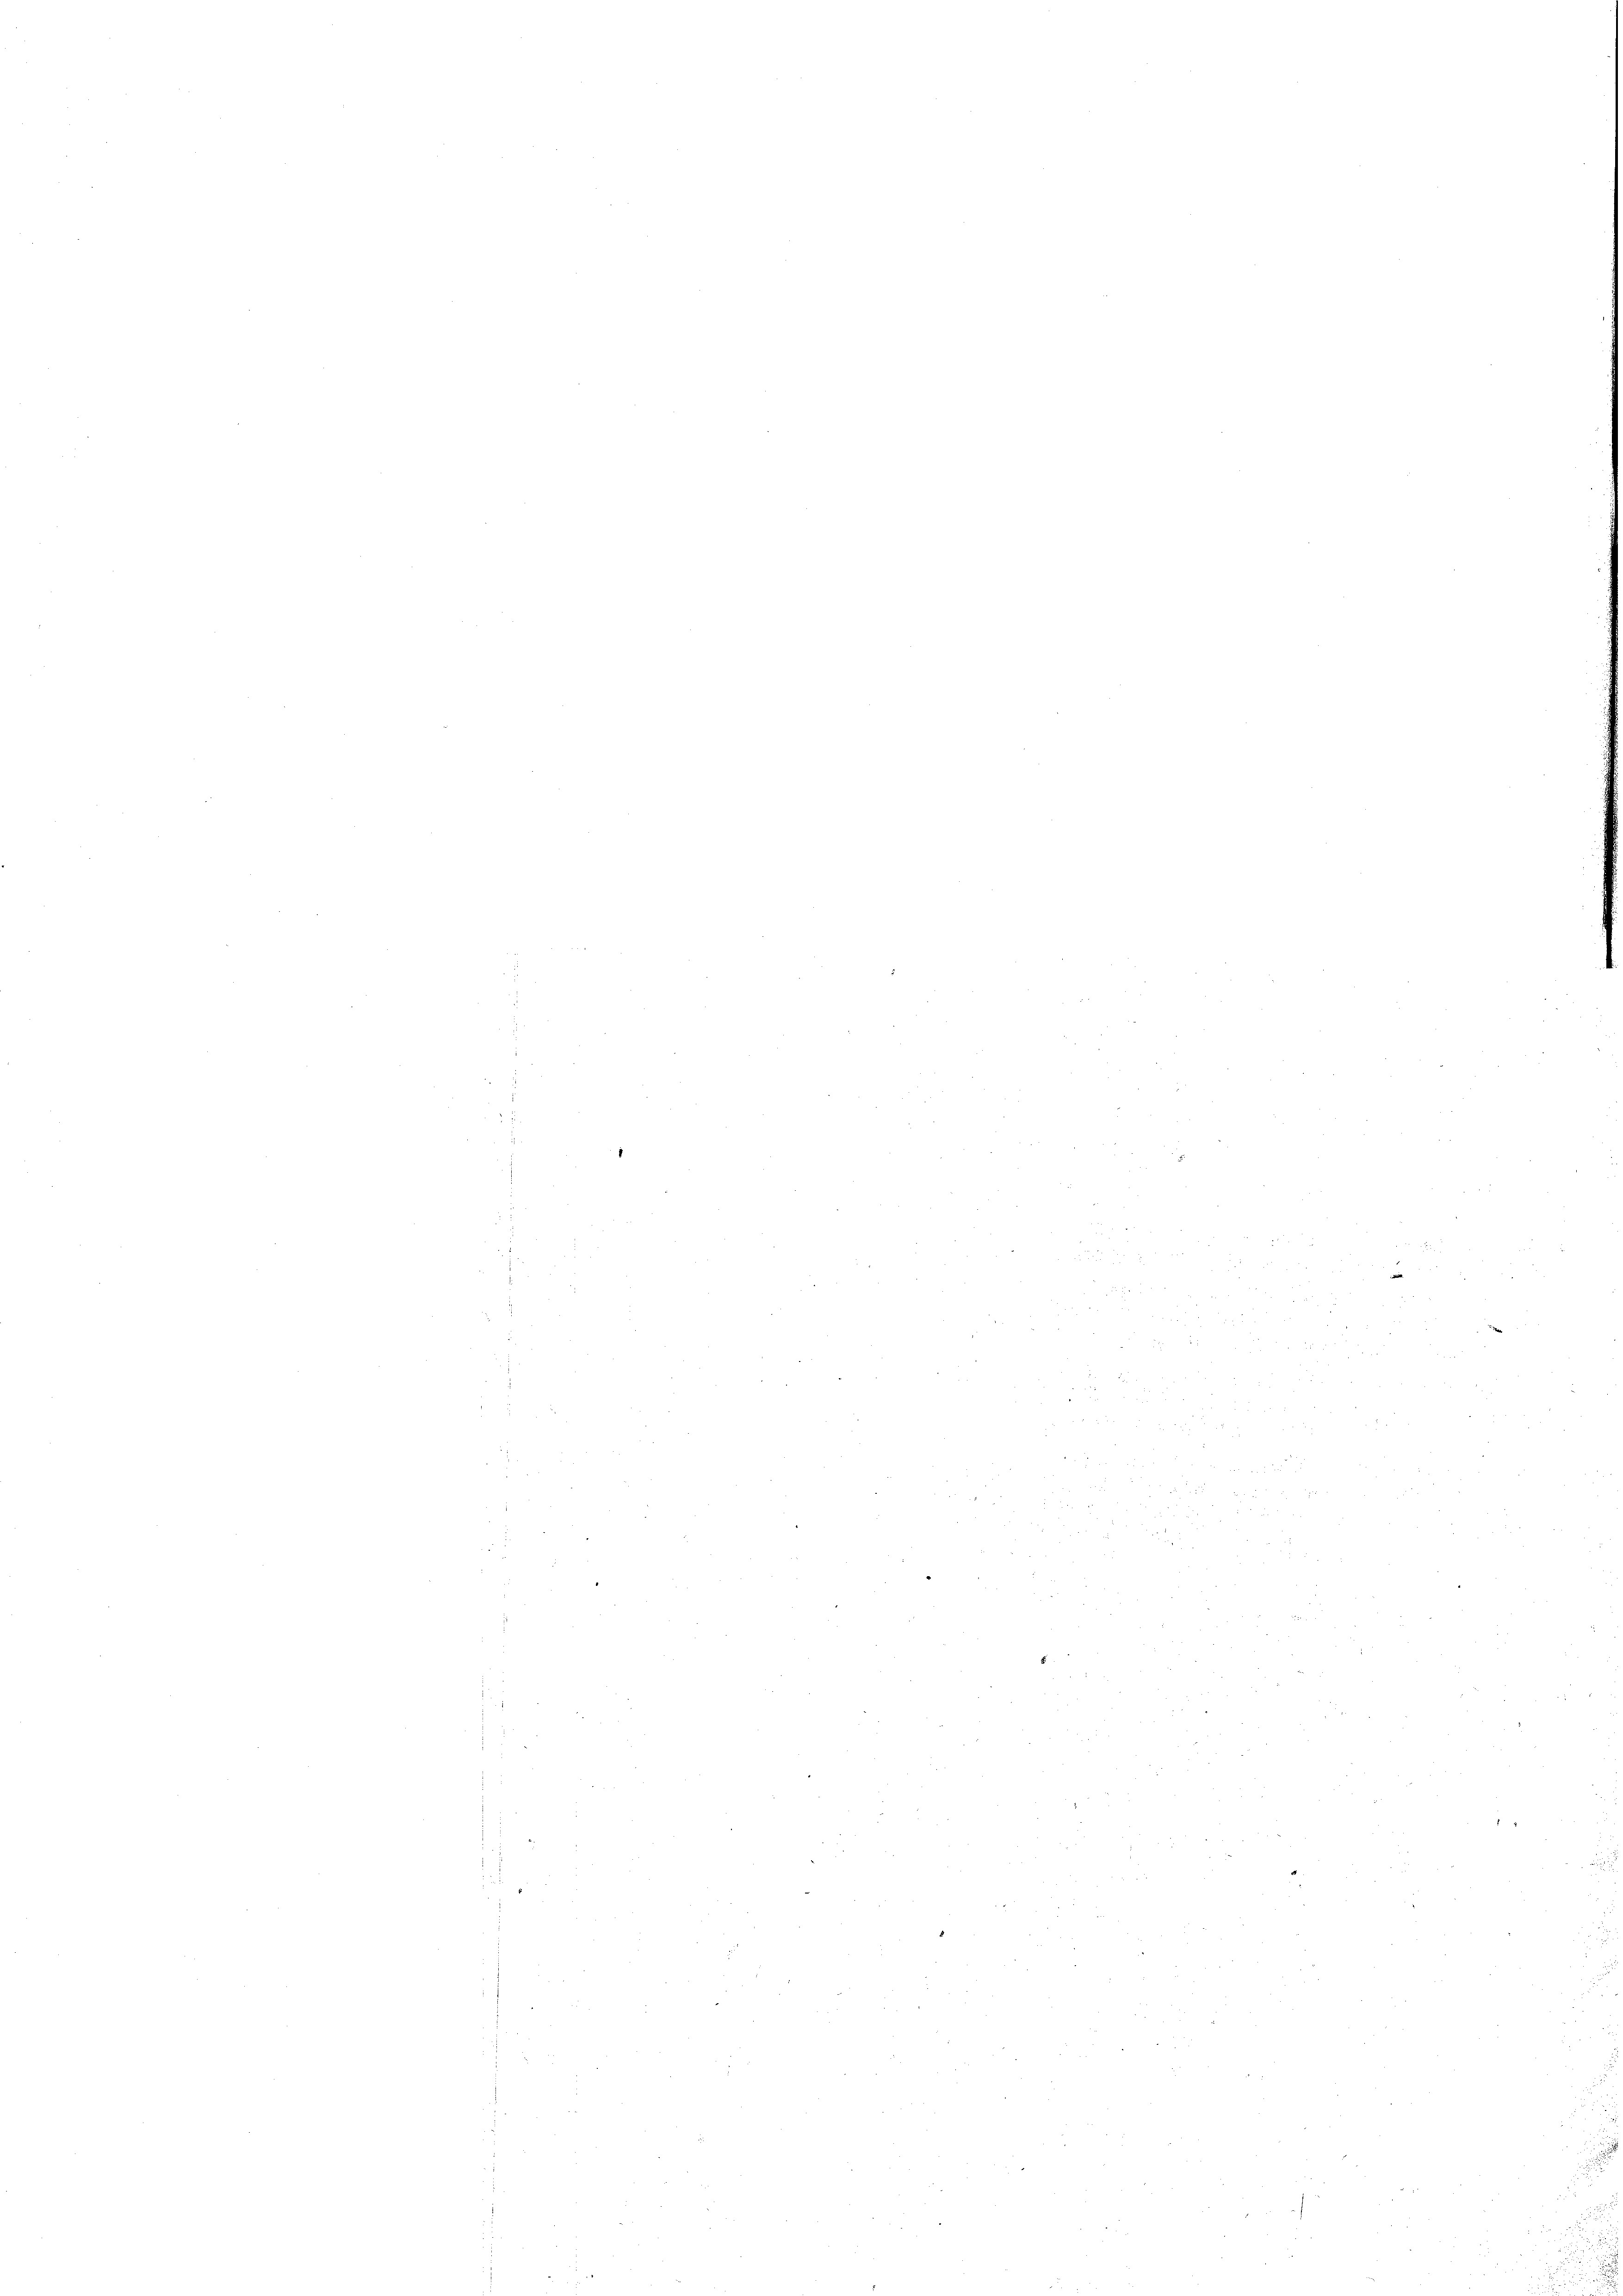
s

g

2

.

E

xxx
xx
x

2

28 x
 20 x

d

n

.